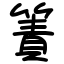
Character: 簀